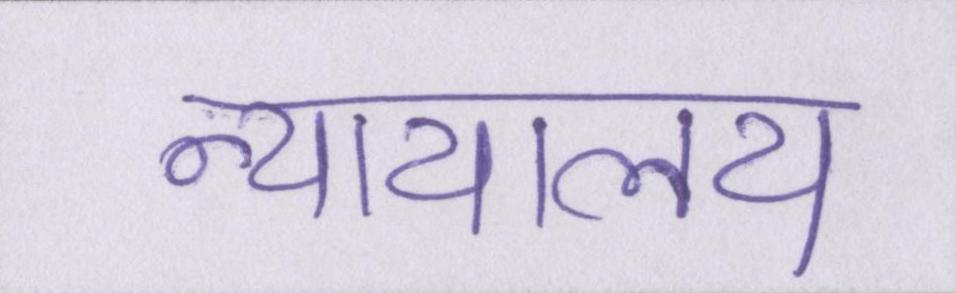
न्यायालय